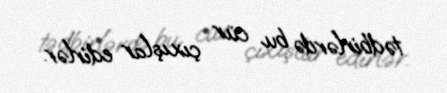
tədbirlərdə bu cür çıxışlar edirlər.